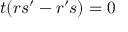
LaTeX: t ( r s ^ { \prime } - r ^ { \prime } s ) = 0